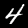
Digit: 4